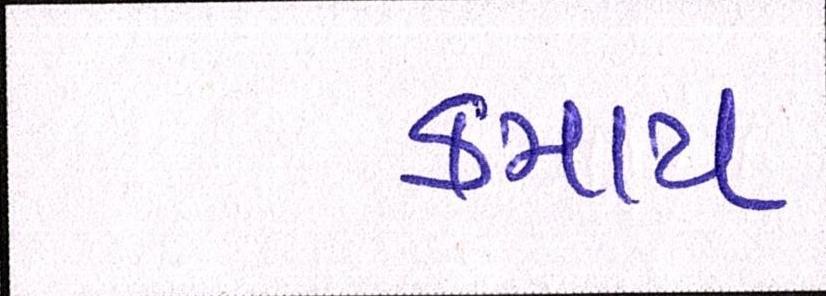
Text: કમાય